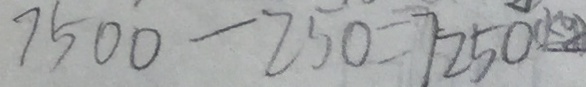
7 5 0 0 - 2 5 0 = 7 2 5 0 ( k g )